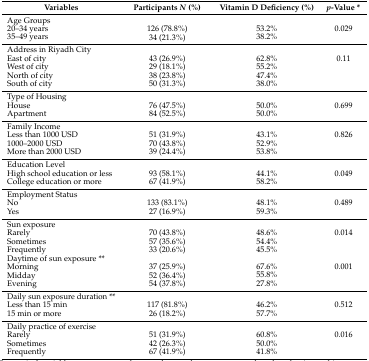
<table><thead><tr><td><b>Variables</b></td><td><b>Participants <i>N</i> (%)</b></td><td><b>Vitamin D Deficiency (%)</b></td><td><b><i>p</i>-Value *</b></td></tr></thead><tbody><tr><td>Age Groups</td><td></td><td></td><td></td></tr><tr><td>20–34 years</td><td>126 (78.8%)</td><td>53.2%</td><td>0.029</td></tr><tr><td>35–49 years</td><td>34 (21.3%)</td><td>38.2%</td><td></td></tr><tr><td>Address in Riyadh City</td><td></td><td></td><td></td></tr><tr><td>East of city</td><td>43 (26.9%)</td><td>62.8%</td><td>0.11</td></tr><tr><td>West of city</td><td>29 (18.1%)</td><td>55.2%</td><td></td></tr><tr><td>North of city</td><td>38 (23.8%)</td><td>47.4%</td><td></td></tr><tr><td>South of city</td><td>50 (31.3%)</td><td>38.0%</td><td></td></tr><tr><td>Type of Housing</td><td></td><td></td><td></td></tr><tr><td>House</td><td>76 (47.5%)</td><td>50.0%</td><td>0.699</td></tr><tr><td>Apartment</td><td>84 (52.5%)</td><td>50.0%</td><td></td></tr><tr><td>Family Income</td><td></td><td></td><td></td></tr><tr><td>Less than 1000 USD</td><td>51 (31.9%)</td><td>43.1%</td><td>0.826</td></tr><tr><td>1000–2000 USD</td><td>70 (43.8%)</td><td>52.9%</td><td></td></tr><tr><td>More than 2000 USD</td><td>39 (24.4%)</td><td>53.8%</td><td></td></tr><tr><td>Education Level</td><td></td><td></td><td></td></tr><tr><td>High school education or less</td><td>93 (58.1%)</td><td>44.1%</td><td>0.049</td></tr><tr><td>College education or more</td><td>67 (41.9%)</td><td>58.2%</td><td></td></tr><tr><td>Employment Status</td><td></td><td></td><td></td></tr><tr><td>No</td><td>133 (83.1%)</td><td>48.1%</td><td>0.489</td></tr><tr><td>Yes</td><td>27 (16.9%)</td><td>59.3%</td><td></td></tr><tr><td>Sun exposure</td><td></td><td></td><td></td></tr><tr><td>Rarely</td><td>70 (43.8%)</td><td>48.6%</td><td>0.014</td></tr><tr><td>Sometimes</td><td>57 (35.6%)</td><td>54.4%</td><td></td></tr><tr><td>Frequently</td><td>33 (20.6%)</td><td>45.5%</td><td></td></tr><tr><td>Daytime of sun exposure **</td><td></td><td></td><td></td></tr><tr><td>Morning</td><td>37 (25.9%)</td><td>67.6%</td><td>0.001</td></tr><tr><td>Midday</td><td>52 (36.4%)</td><td>55.8%</td><td></td></tr><tr><td>Evening</td><td>54 (37.8%)</td><td>27.8%</td><td></td></tr><tr><td>Daily sun exposure duration **</td><td></td><td></td><td></td></tr><tr><td>Less than 15 min</td><td>117 (81.8%)</td><td>46.2%</td><td>0.512</td></tr><tr><td>15 min or more</td><td>26 (18.2%)</td><td>57.7%</td><td></td></tr><tr><td>Daily practice of exercise</td><td></td><td></td><td></td></tr><tr><td>Rarely</td><td>51 (31.9%)</td><td>60.8%</td><td>0.016</td></tr><tr><td>Sometimes</td><td>42 (26.3%)</td><td>50.0%</td><td></td></tr><tr><td>Frequently</td><td>67 (41.9%)</td><td>41.8%</td><td></td></tr></tbody></table>